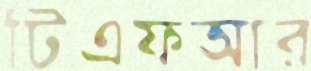
টিএফআর